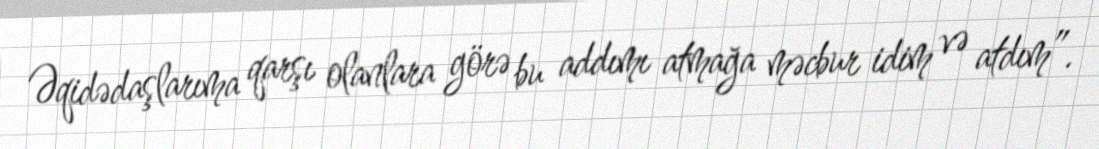
Əqidədaşlarıma qarşı olanlara görə bu addımı atmağa məcbur idim və atdım”.